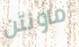
ماونتن